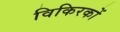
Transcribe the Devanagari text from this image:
विकिरकों